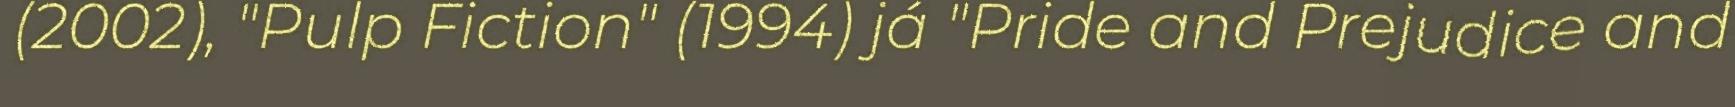
(2002), "Pulp Fiction" (1994) já "Pride and Prejudice and